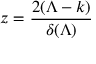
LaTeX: z = \frac { 2 ( \Lambda - k ) } { \delta ( \Lambda ) }